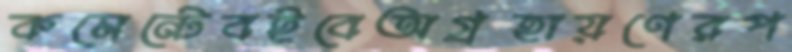
কমেন্টেবইবেঅগ্রহায়ণেরপ